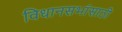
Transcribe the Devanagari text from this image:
विधानसभांसाठी